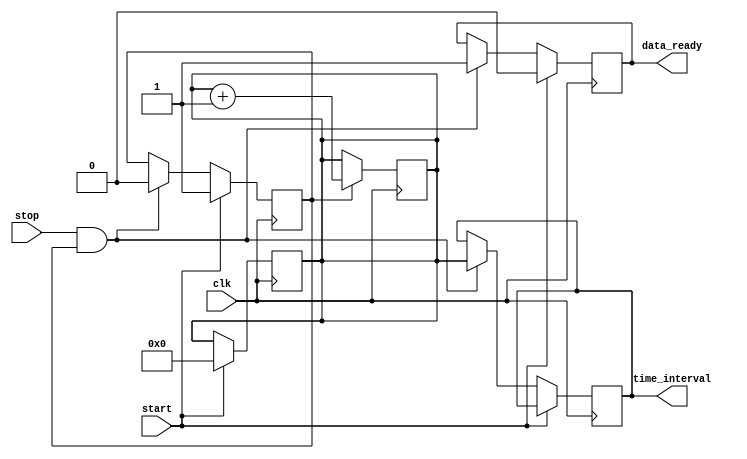
module TDC (
    input wire clk,            // Clock signal
    input wire start,          // Start signal
    input wire stop,           // Stop signal
    output reg [15:0] time_interval, // Time interval in clock cycles
    output reg data_ready      // Signal indicating data is ready to be read
);

    reg [15:0] counter;        // 16-bit counter for clock cycles
    reg capturing;             // State to indicate if we are capturing time
    reg [15:0] memory [0:255]; // Memory block to store time intervals (256 entries)
    reg [7:0] write_pointer;   // Pointer for writing to memory
    reg [7:0] read_pointer;    // Pointer for reading from memory

    // Initialization
    initial begin
        counter = 16'b0;
        capturing = 1'b0;
        write_pointer = 8'b0;
        read_pointer = 8'b0;
        data_ready = 1'b0;
    end

    // Counter logic
    always @(posedge clk) begin
        if (capturing) begin
            counter <= counter + 1; // Increment counter on clock cycles
        end
    end

    // Control logic for start and stop signals
    always @(posedge clk) begin
        if (start) begin
            counter <= 16'b0;       // Reset counter on start signal
            capturing <= 1'b1;      // Start capturing
            data_ready <= 1'b0;     // Clear data ready flag
        end else if (stop && capturing) begin
            time_interval <= counter; // Capture the current count value
            memory[write_pointer] <= time_interval; // Store in memory
            write_pointer <= write_pointer + 1; // Increment write pointer
            capturing <= 1'b0;      // Stop capturing
            data_ready <= 1'b1;     // Set data ready flag
        end
    end

    // Optional: Logic to read from memory (not implemented in this example)
    // You can add additional logic to handle reading from memory based on your requirements.

endmodule